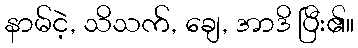
နာမ်ငဲ့, သိသက်, ချေ, အာဒိ ပြီး၏။